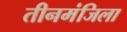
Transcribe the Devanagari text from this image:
तीनमंजिला